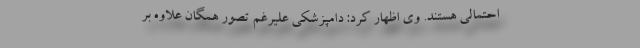
احتمالی هستند. وی اظهار کرد: دامپزشکی علیرغم تصور همگان علاوه بر